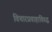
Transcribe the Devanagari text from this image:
विचारप्रवाहाविरुद्ध